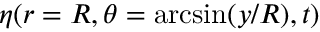
\eta ( r = R , \theta = \arcsin ( y / R ) , t )